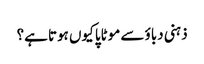
ذہنی دباؤ سے موٹاپا کیوں ہوتا ہے؟